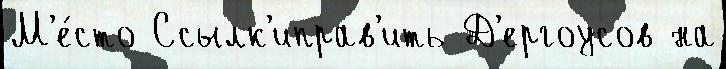
М'е́сто Ссылк'иправ'ить Д'ергоусов на